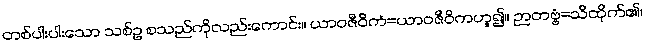
တစ်ပါးပါးသော သစ်ဥ စသည်ကိုလည်းကောင်း။ ယာဝဇီဝိကံ=ယာဝဇီဝိကဟူ၍။ ဉာတဗ္ဗံ=သိထိုက်၏၊